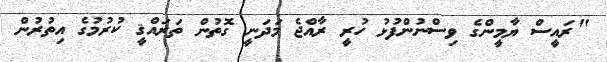
"ރައީސް ޔާމީންގެ ވިސްނުންފުޅު ހުރީ ރާއްޖެ މަދަނީ ގޮތުން ތަރައްޤީ ކުރުމުގެ އިތުރުން